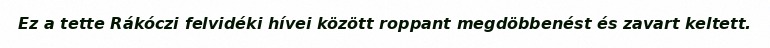
Ez a tette Rákóczi felvidéki hívei között roppant megdöbbenést és zavart keltett.